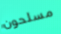
مسلحون